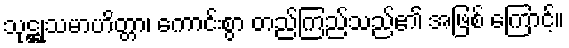
သုဋ္ဌုသမာဟိတ္တာ၊ ကောင်းစွာ တည်ကြည်သည်၏ အဖြစ် ကြောင့်။